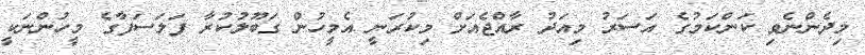
މިދެންނެވި ކަންކަމުގެ އަސަރު މިއަދު ރާއްޖެއަށް މިކުރަނީ އެމީހުން ގަބޫލުކުރާ ފަލަސަފާގެ މީހުންނަކީ